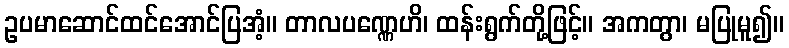
ဥပမာဆောင်ထင်အောင်ပြအံ့။ တာလပဏ္ဏေဟိ၊ ထန်းရွက်တို့ဖြင့်။ အကတွာ၊ မပြုမူ၍။